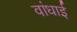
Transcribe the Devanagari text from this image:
वांधाई